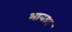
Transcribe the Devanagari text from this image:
भाबडा